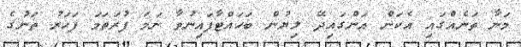
މަނާ ތަނެއްގައި އެކަން އަންގައިދޭ ލިޔުން ބަހައްޓާފައިނުވާ ނަމަ ފުރަތަމަ ފަހަރު ތަނުގެ